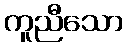
ကူညီသော